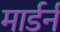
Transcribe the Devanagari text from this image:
मार्डर्न